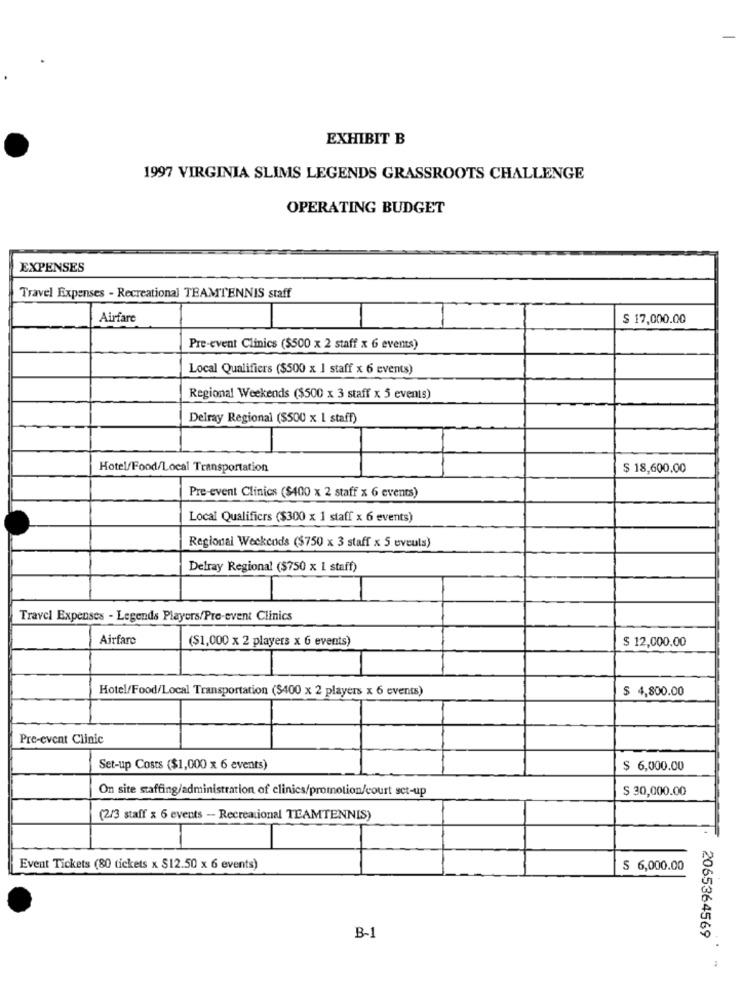
EXHIBIT B
1997 VIRGINIA SLIMS LEGENDS GRASSROOTS CHALLENGE
OPERATING BUDGET
EXPENSES
Travel Expenses - Recreational TEAMTENNIS staff
Airfare
$ 17,000.00
Pre-event Clinics ($500 x 2 staff x 6 events)
Local Qualifiers ($500 x 1 staff x 6 events)
Regional Weekends ($500 x 3 staff x 5 events)
Delray Regional ($500 x 1 staff)
Hotel/Food/Local Transportation
$ 18,600.00
Pre-event Clinics ($400 x 2 staff x 6 events)
Local Qualifiers ($300 x 1 staff x 6 events)
Regional Weckcods ($750 x 3 staff x 5 eveuls)
Delray Regional ($750 x L staff)
Travel Expenses - Legends Players/Pre-event Clinics
Airfare
($1,000 x 2 players x 6 events)
$ 12,000.00
Hotel/Food/Local Transportation ($400 x 2 players x 6 events)
$ 4,800.00
Pre-event Clinic
Set-up Costs ($1,000 x 6 events)
$ 6,000.00
On site staffing/administration of clinics/promotion/court set-up
$ 30,000.00
(2/3 staff x 6 events - Recreational TEAMTENNIS)
Event Tickets (80 tickets x $12.50 x 6 events)
S 6,000.00
B-1
2065364569